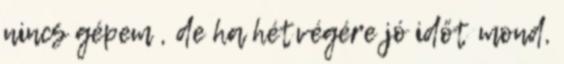
nincs gépem , de ha hétvégére jó időt mond,